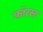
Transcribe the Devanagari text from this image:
फॉरस्ट